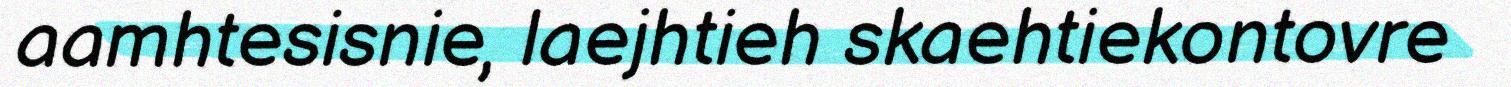
aamhtesisnie, laejhtieh skaehtiekontovre